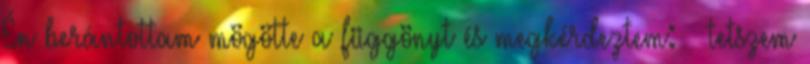
Én berántottam mögötte a függönyt és megkérdeztem: – tetszem